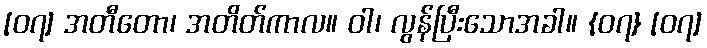
[၀၇] အတီတော၊ အတိတ်ကာလ။ ဝါ၊ လွန်ပြီးသောအခါ။ {၀၇} [၀၇]